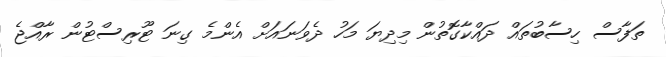
ތަފާސް ހިސާބުތައް ދައްކާގޮތުން މިދިޔަ މަހު ދެވަނައަށް އެންމެ ގިނަ ޓޫރިސްޓުން ރާއްޖެ